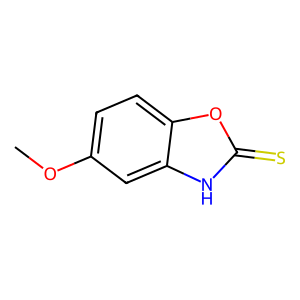
SMILES: COc1ccc2oc(=S)[nH]c2c1
Inhibits HIV replication: No